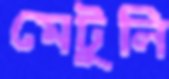
মেটুলি